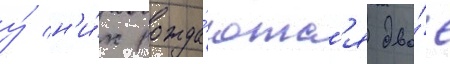
у́ н'и́х рожда́ютс'я дво́е